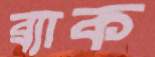
ব্র্যাক